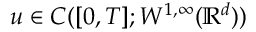
u \in C ( [ 0 , T ] ; W ^ { 1 , \infty } ( \mathbb { R } ^ { d } ) )